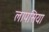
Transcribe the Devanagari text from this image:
लापसिया